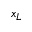
x _ { L }